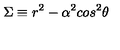
\Sigma \equiv r ^ { 2 } - \alpha ^ { 2 } c o s ^ { 2 } \theta